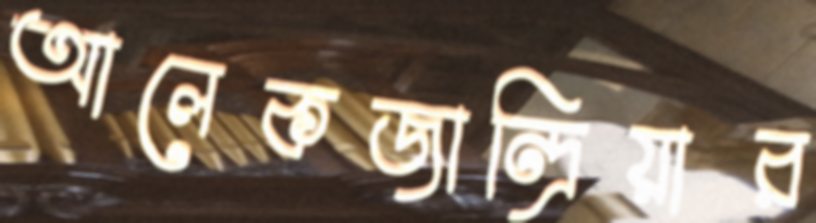
আলেকজান্দ্রিয়ার